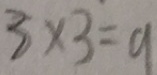
3 \times 3 = 9